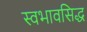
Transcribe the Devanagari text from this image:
स्वभावसिद्ध